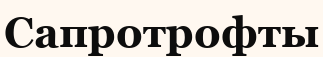
Сапротрофты